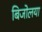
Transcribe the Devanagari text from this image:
बिजोलया